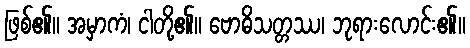
ဖြစ်၏။ အမှာကံ၊ ငါတို့၏။ ဗောဓိသတ္တဿ၊ ဘုရားလောင်း၏။